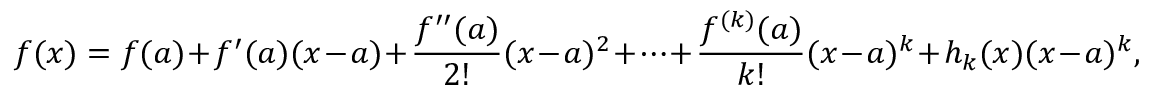
f ( x ) = f ( a ) + f ^ { \prime } ( a ) ( x - a ) + { \frac { f ^ { \prime \prime } ( a ) } { 2 ! } } ( x - a ) ^ { 2 } + \cdots + { \frac { f ^ { ( k ) } ( a ) } { k ! } } ( x - a ) ^ { k } + h _ { k } ( x ) ( x - a ) ^ { k } ,